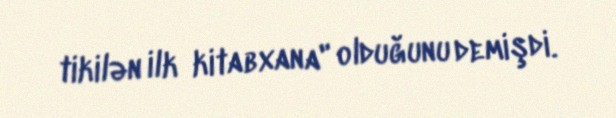
tikilən ilk kitabxana" olduğunu demişdi.